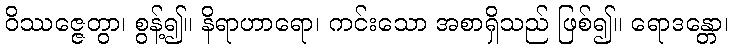
ဝိဿဇ္ဇေတွာ၊ စွန့်၍။ နိရာဟာရော၊ ကင်းသော အစာရှိသည် ဖြစ်၍။ ရောဒန္တော၊